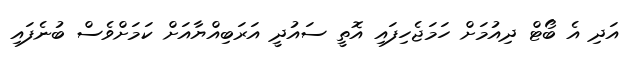
އަދި އެ ބޯޓް ދިއުމަށް ހަމަޖެހިފައި އޮތީ ސައުދީ އަރަބިއްޔާއަށް ކަމަށްވެސް ބުނެފައި